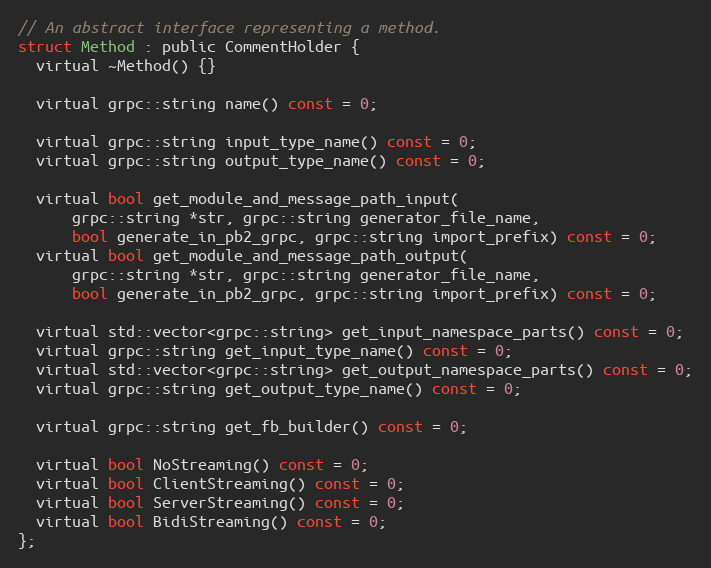
Language: C
// An abstract interface representing a method.
struct Method : public CommentHolder {
  virtual ~Method() {}

  virtual grpc::string name() const = 0;

  virtual grpc::string input_type_name() const = 0;
  virtual grpc::string output_type_name() const = 0;

  virtual bool get_module_and_message_path_input(
      grpc::string *str, grpc::string generator_file_name,
      bool generate_in_pb2_grpc, grpc::string import_prefix) const = 0;
  virtual bool get_module_and_message_path_output(
      grpc::string *str, grpc::string generator_file_name,
      bool generate_in_pb2_grpc, grpc::string import_prefix) const = 0;

  virtual std::vector<grpc::string> get_input_namespace_parts() const = 0;
  virtual grpc::string get_input_type_name() const = 0;
  virtual std::vector<grpc::string> get_output_namespace_parts() const = 0;
  virtual grpc::string get_output_type_name() const = 0;

  virtual grpc::string get_fb_builder() const = 0;

  virtual bool NoStreaming() const = 0;
  virtual bool ClientStreaming() const = 0;
  virtual bool ServerStreaming() const = 0;
  virtual bool BidiStreaming() const = 0;
};